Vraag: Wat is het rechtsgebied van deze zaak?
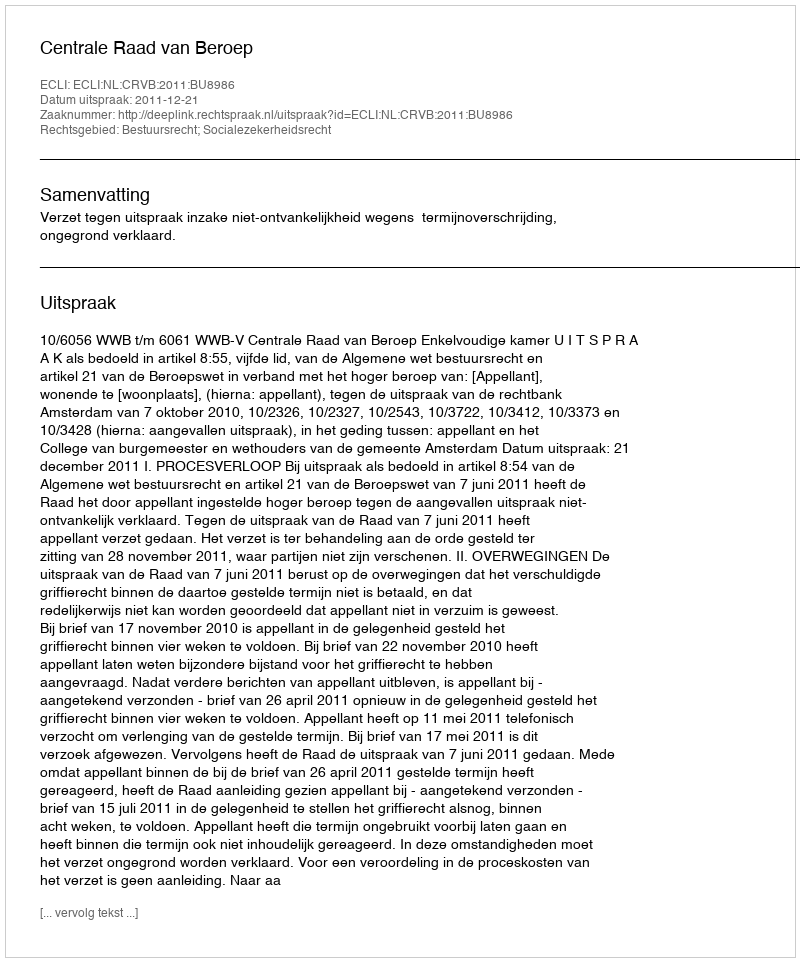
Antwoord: Bestuursrecht; Socialezekerheidsrecht